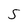
Character: S